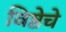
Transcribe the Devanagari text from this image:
विष्ठेचे